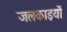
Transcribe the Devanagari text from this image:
जलकाइयों